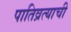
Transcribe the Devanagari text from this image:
पातिव्रत्याची